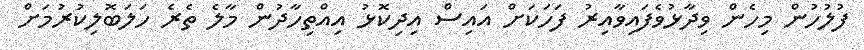
ފުލުހުން މިހެން ވިދާޅުވެފައިވާއިރު ފަހަކަށް އައިސް އިދިކޮޅު އިއްތިހާދުން މާލެ ތެރެ ހަލަބޮލިކުރުމަށް